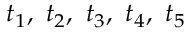
t _ { 1 } , ~ t _ { 2 } , ~ t _ { 3 } , ~ t _ { 4 } , ~ t _ { 5 }